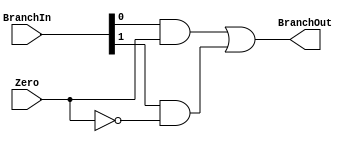
`timescale 1ns / 1ps
//////////////////////////////////////////////////////////////////////////////////
// Company: 
// Engineer: 
// 
// Design Name: 
// Module Name: BranchSrc
// Project Name: 
// Target Devices: 
// Tool Versions: 
// Description: 
// 
// Dependencies: 
// 
// Revision:
// Revision 0.01 - File Created
// Additional Comments:
// 
//////////////////////////////////////////////////////////////////////////////////


module BranchSrc(
    input [1:0] BranchIn,
    input Zero,
    output BranchOut
    );
    wire notz, and1, and2;
    not
        n1(notz, Zero);
    
    and
        a1(and1, BranchIn[0], Zero),
        a2(and2, BranchIn[1], notz);
    or
        o1(BranchOut, and1, and2);
endmodule